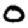
Digit: 0